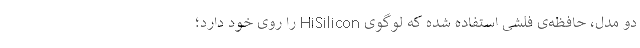
دو مدل، حافظه‌ی فلشی استفاده شده که لوگوی HiSilicon را روی خود دارد؛